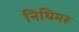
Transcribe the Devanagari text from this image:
निधिमरू